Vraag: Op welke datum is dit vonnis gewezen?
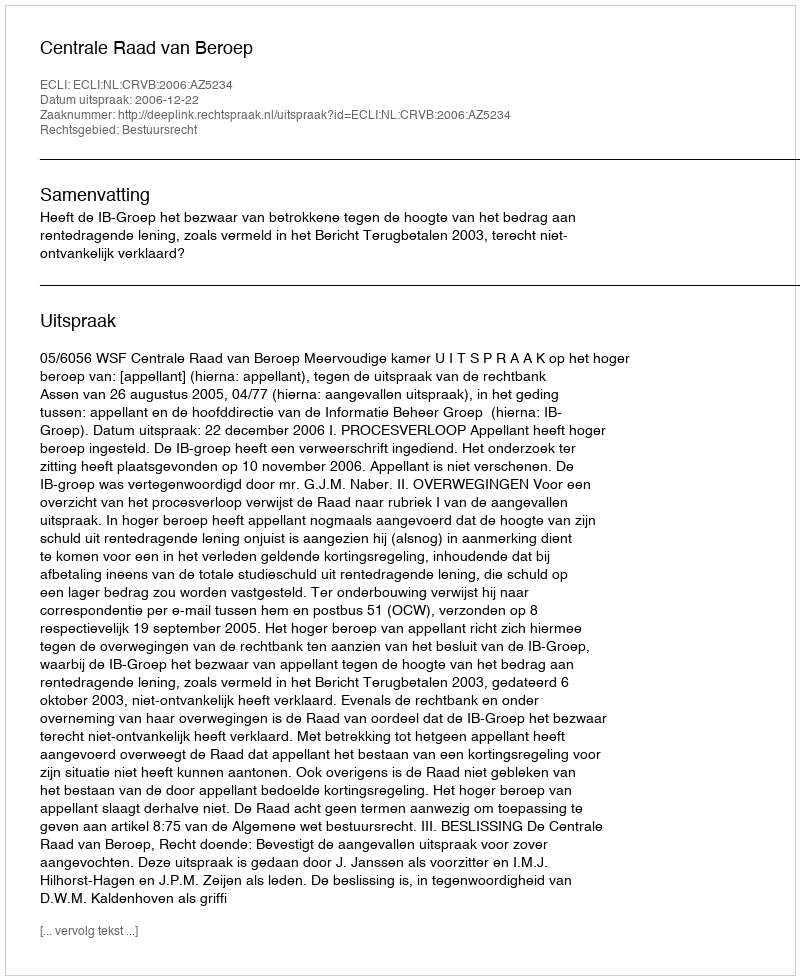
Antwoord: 2006-12-22